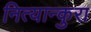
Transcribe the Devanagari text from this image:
नित्यान्कुरा